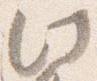
此